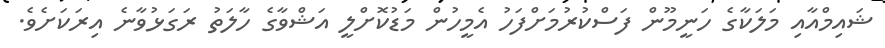
ޝައިމްއާއި މަލަކާގެ ހަނީމޫން ފަސްކުރުމަށްފަހު އެމީހުން މަޑުކޮށްލީ އަޝްވާގެ ހާލަތު ރަގަޅުވާނެ އިރަކަށެވެ.